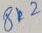
Text: 8k2